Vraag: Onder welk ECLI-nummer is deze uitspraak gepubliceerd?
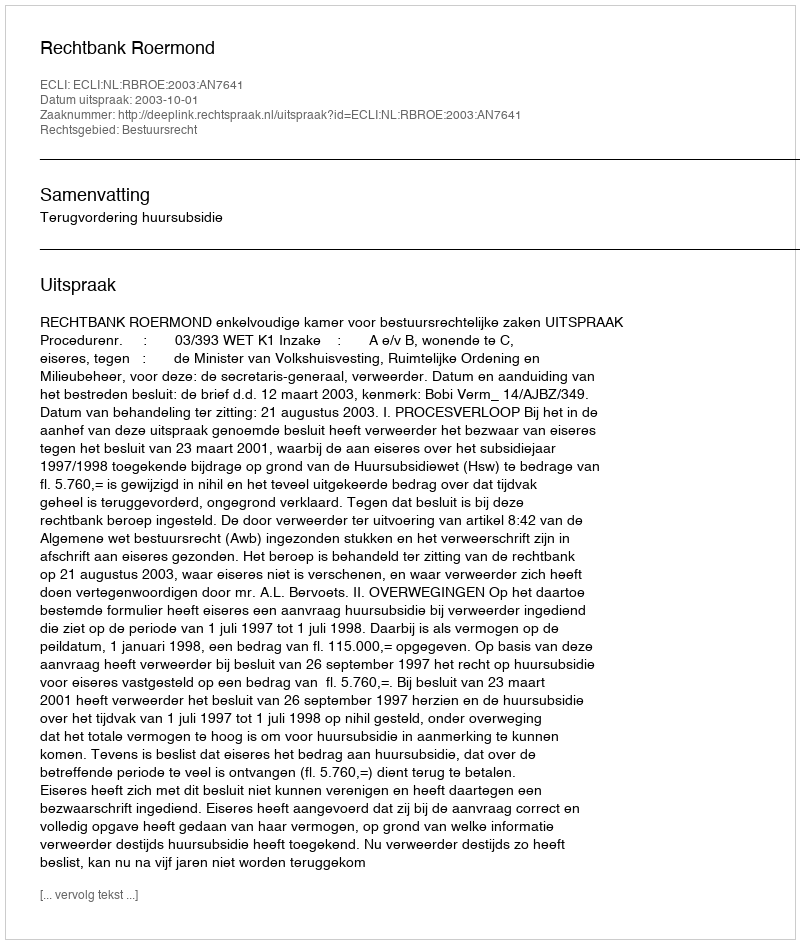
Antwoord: ECLI:NL:RBROE:2003:AN7641